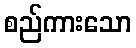
စည်ကားသော